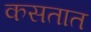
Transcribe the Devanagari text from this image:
कसतात